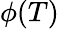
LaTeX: \phi(T)